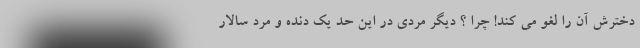
دخترش آن را لغو می کند! چرا ؟ دیگر مردی در این حد یک دنده و مرد سالار